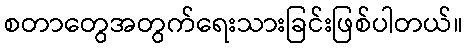
စတာတွေအတွက်ရေးသားခြင်းဖြစ်ပါတယ်။